Civil Veterinary Dept. Bombay admin report 1900-1906 - 1900-1906
Year: 1900
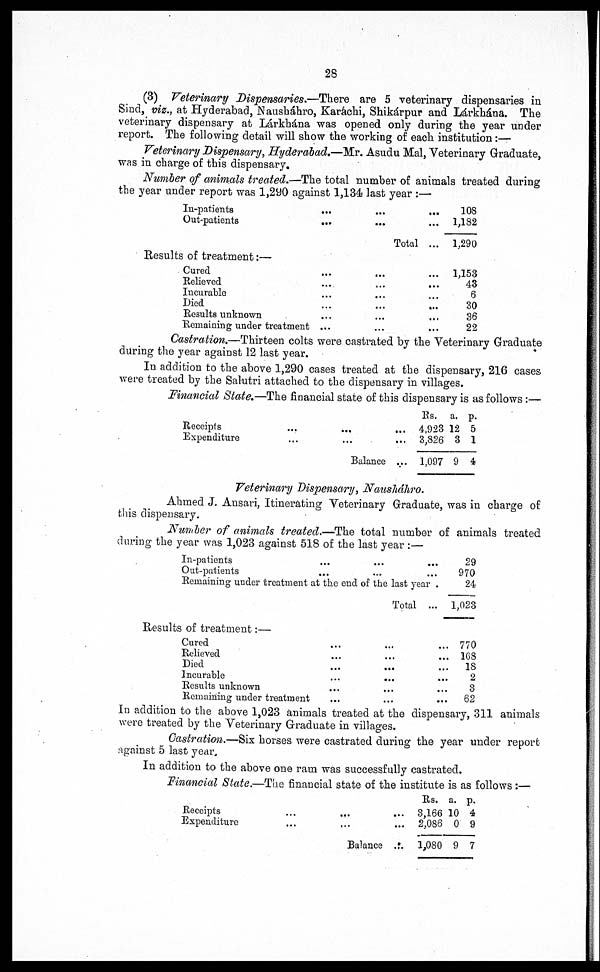
28
(3) Veterinary Dispensaries.—There are 5 veterinary dispensaries in
Sind, viz., at Hyderabad, Nausháhro, Karáchi, Shikápur and Lárkhána. The
veterinary dispensary at Lárkhána was opened only during the year under
report. The following detail will show the working of each institution :—
Veterinary Dispensary, Hyderabad.—Mr. Asudu Mal, Veterinary Graduate,
was in charge of this dispensary.
Number of animals treated.—The total number of animals treated during
the year under report was 1,290 against 1,134 last year :—
In-patients
Out-patients
Results of treatment:—
Cured
Relieved
Incurable
Died
Results unknown
Remaining under treatment
...
...
...
...
...
...
...
...
...
...
Total
...
...
...
...
...
...
...
...
...
...
...
...
...
...
...
108
1,182
1,290
1,153
43
6
30
36
22
Castration.—Thirteen colts were castrated by the Veterinary Graduate
during the year against 12 last year.
In addition to the above 1,290 cases treated at the dispensary, 216 cases
were treated by the Salutri attached to the dispensary in villages.
Financial State.—The financial state of this dispensary is as follows:—
Receipts
Expenditure
...
...
...
...
Balance
...
...
...
Rs.
4,923
3,826
1,097
a.
12
3
9
p.
5
1
4
Veterinary Dispensary, Nausháhro.
Ahmed J. Ansari, Itinerating Veterinary Graduate, was in charge of
this dispensary.
Number of animals treated.—The total number of animals treated
during the year was 1,023 against 518 of the last year :—
In-patients
Out-patients
...
...
...
...
...
Remaining under treatment at the end of the last year .
Results of treatment:—
Cured
Relieved
Died
Incurable
Results unknown
Remaining under treatment
Total ...
... ...
...
...
... ...
...
...
...
...
...
...
29
970
24
1,023
770
168
18
2
8
62
In addition to the above 1,023 animals treated at the dispensary, 311 animals
were treated by the Veterinary Graduate in villages.
Castration.—Six horses were castrated during the year under report
against 5 last year.
In addition to the above one ram was successfully castrated.
Financial State.—The financial state of the institute is as follows:—
Receipts
Expenditure
...
...
...
...
Balance
...
...
...
Rs.
3,166
2,086
1,080
a.
10
0
9
p.
4
9
7